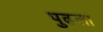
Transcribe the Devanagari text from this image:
पुढला